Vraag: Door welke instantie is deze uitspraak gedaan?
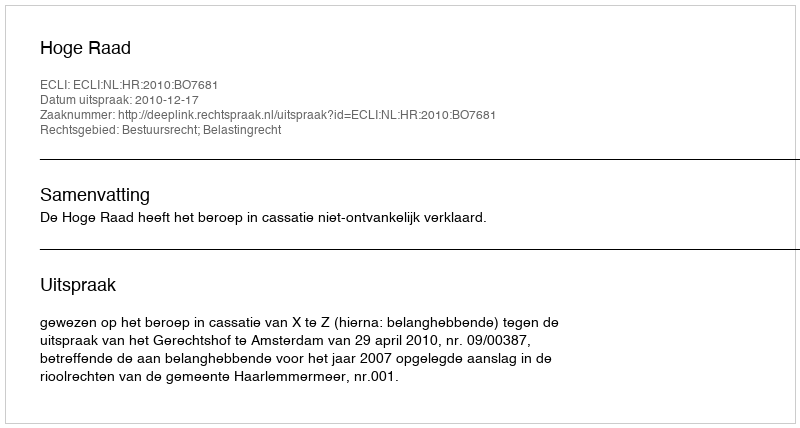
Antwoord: Hoge Raad